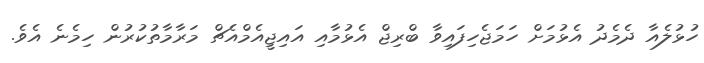
ހުޅުލެއާ ދެމެދު އެޅުމަށް ހަމަޖެހިފައިވާ ބްރިޖް އެޅުމާއި އައިޖީއެމްއެޗް މަރާމާތުކުރުން ހިމެނެ އެވެ.